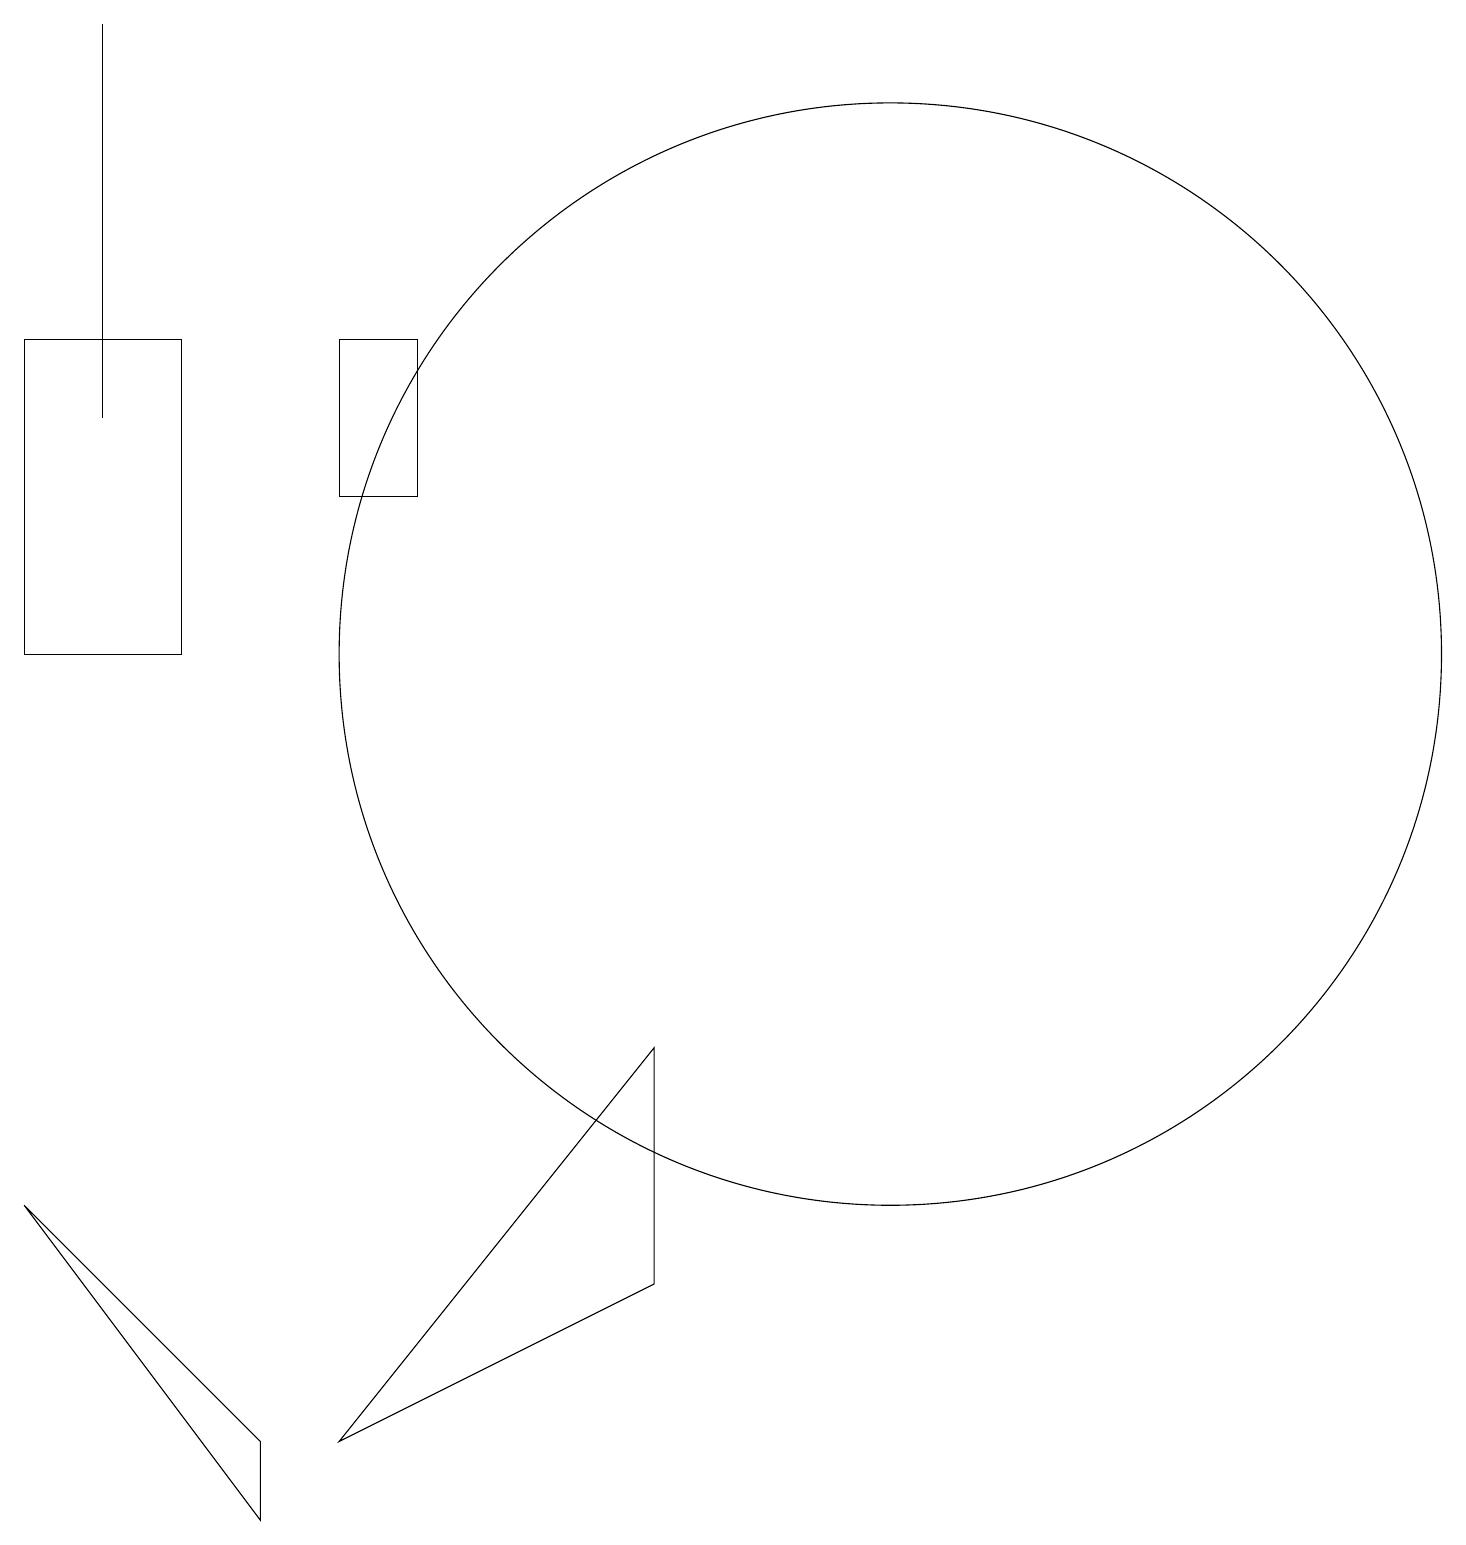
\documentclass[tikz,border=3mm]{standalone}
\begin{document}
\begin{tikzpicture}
\draw (1,19) rectangle (1,14);
\draw (8,3) -- (4,1) -- (8,6) -- cycle;
\draw (3,1) -- (3,0) -- (0,4) -- cycle;
\draw (11,11) circle (7);
\draw (10,10) circle (0);
\draw (4,15) rectangle (5,13);
\draw (0,11) rectangle (2,15);
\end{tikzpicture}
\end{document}